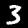
Label: 3